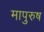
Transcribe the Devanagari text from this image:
मापुरुष